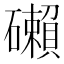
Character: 𥗓